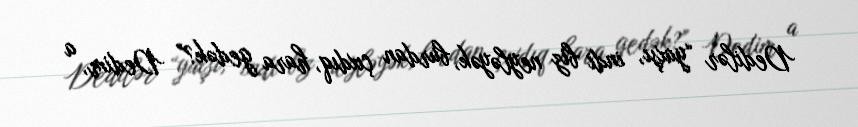
Dedilər “yaxşı, indi biz neyləyək, burdan çıxdıq, hara gedək?” Dedim, a